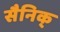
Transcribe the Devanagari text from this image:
सैनिक्